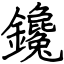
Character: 鑱